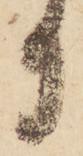
日